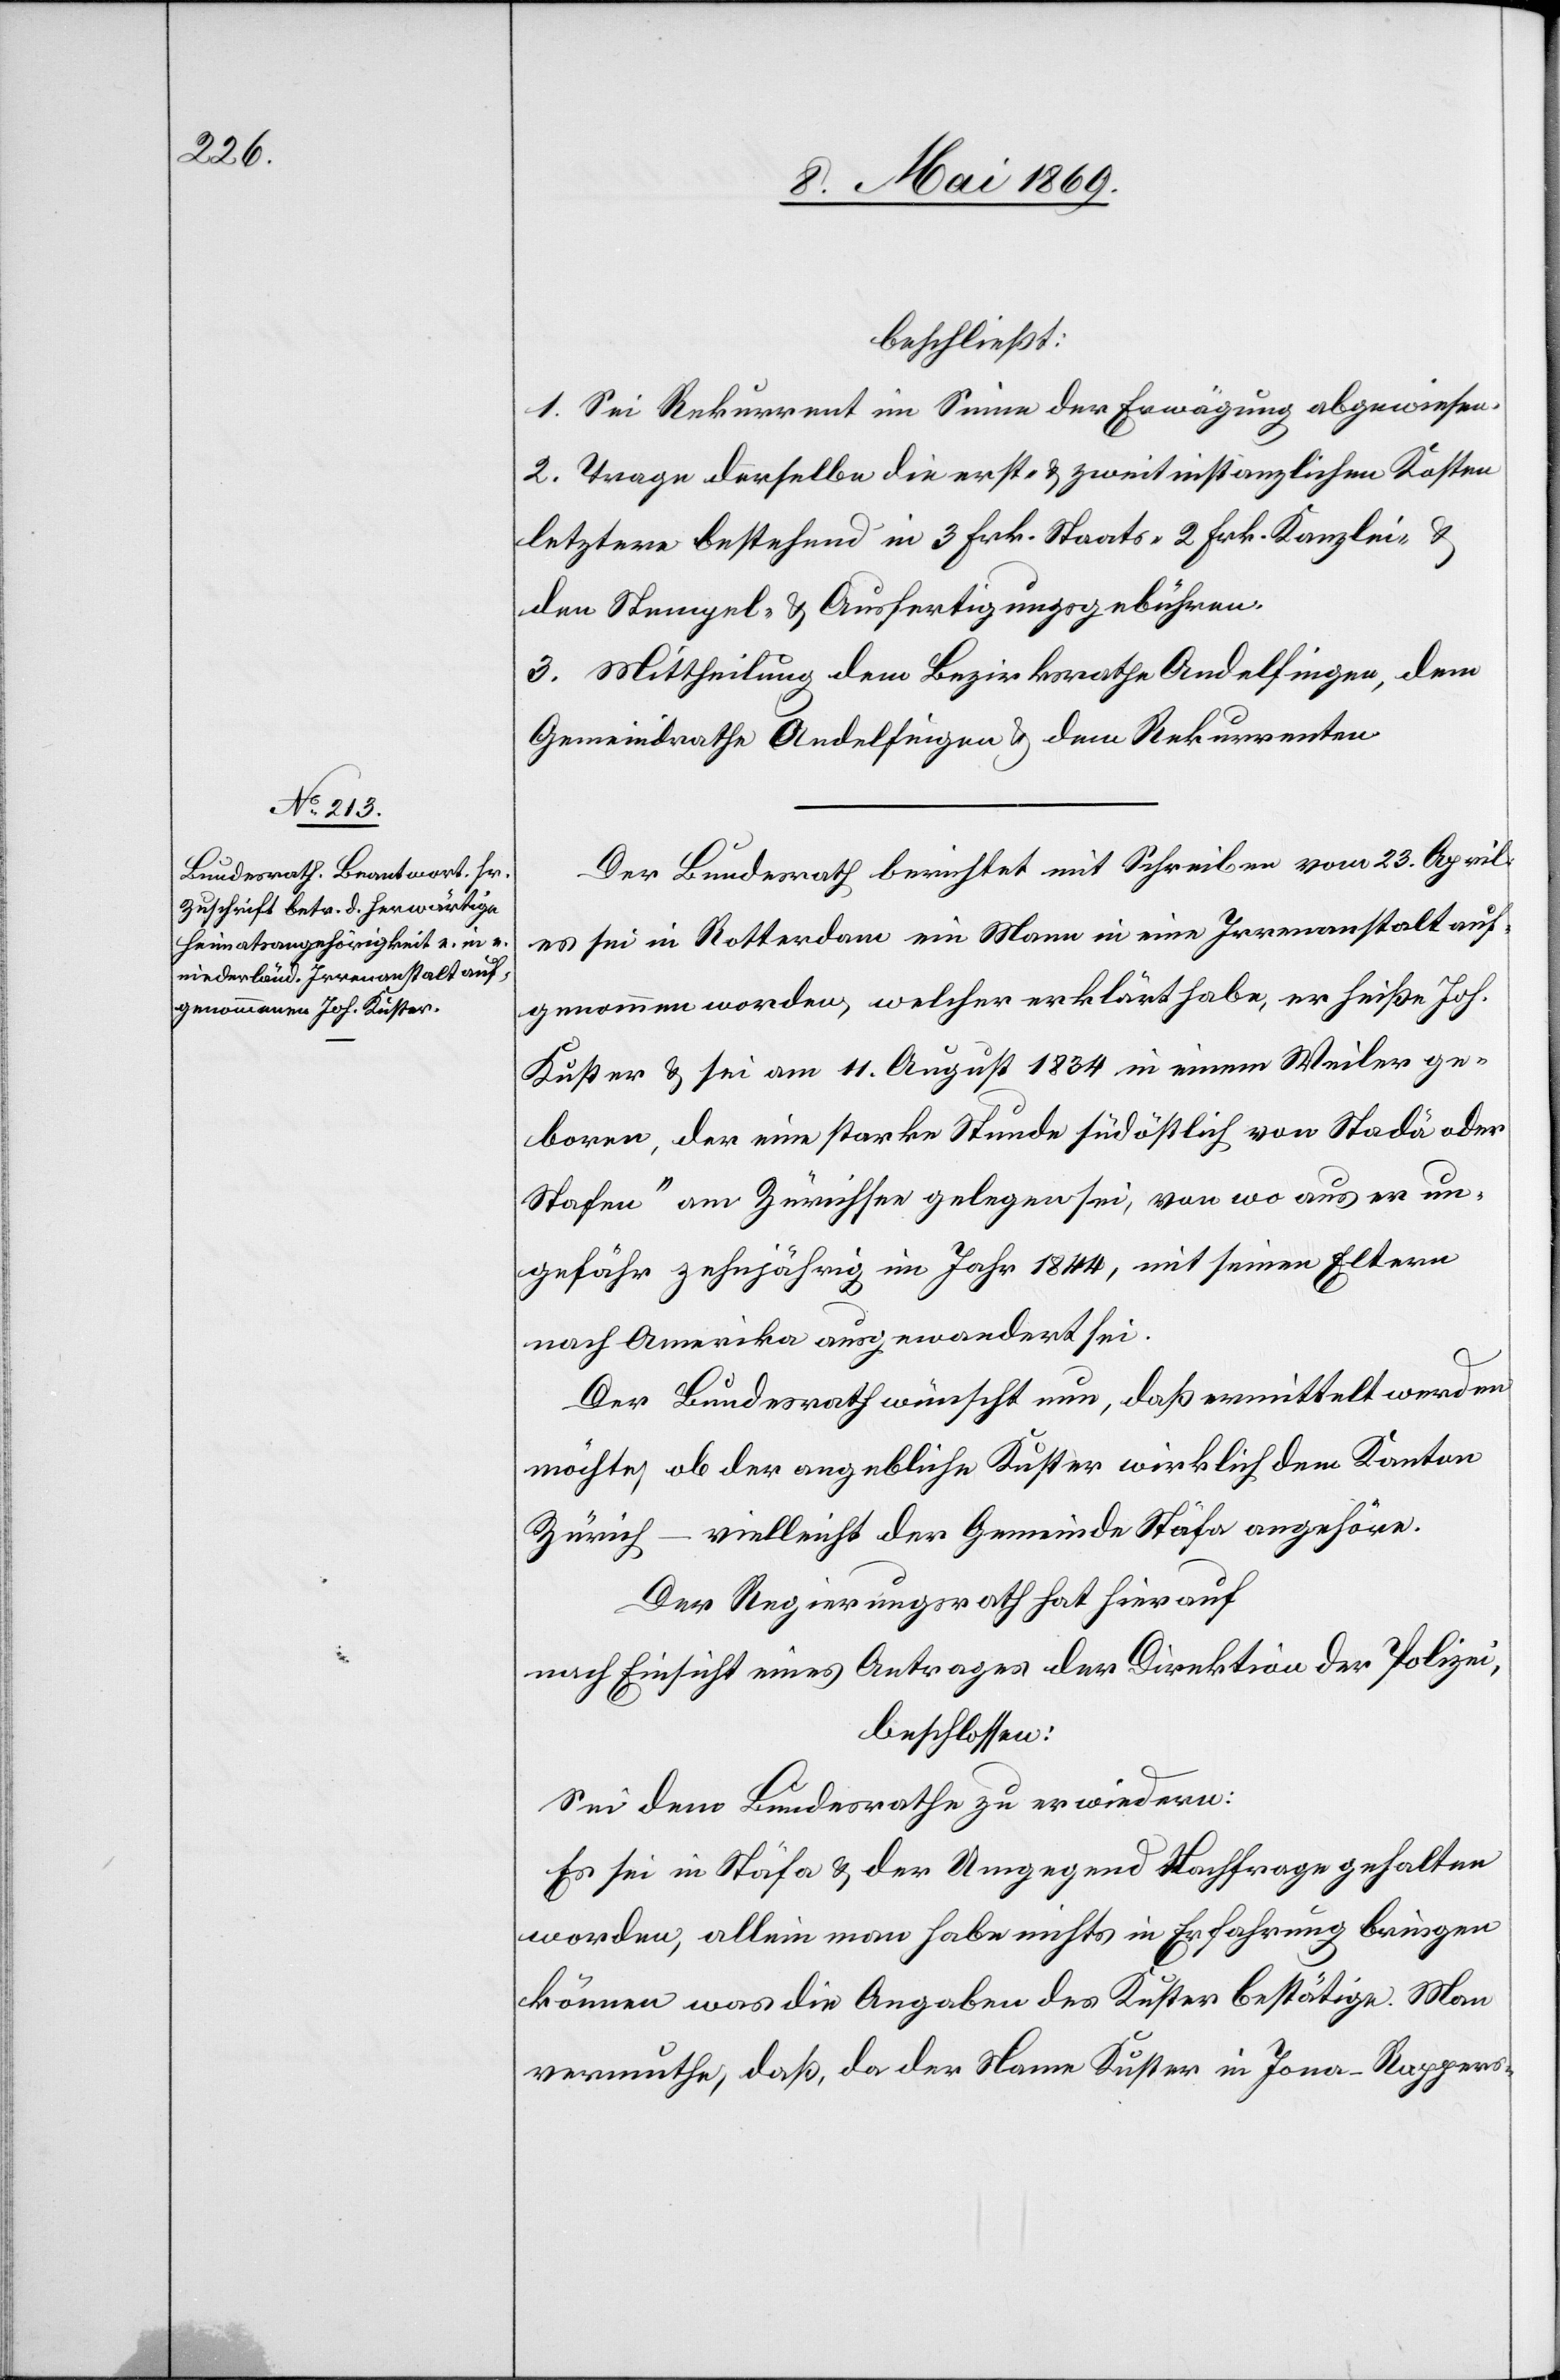
beschließt:
1. Sei Rekurrent im Sinne der Erwägung abgewiesen.
2. Trage derselbe die erst- u. zweitinstanzlichen Kosten
letztere bestehend in 3 Frk. Staats- 2 Frk. Kanzlei- u.
dem Stempel- u. Ausfertigungsgebühren.
3. Mittheilung dem Bezirksrathe Andelfingen, dem
Gemeindrathe Andelfingen u. dem Rekurrenten.
Der Bundesrath berichtet mit Schreiben vom 23. April
es sei in Rotterdam ein Mann in eine Irrenanstalt auf¬
genommen worden, welcher erklärt habe, er heiße Joh.
Kuster u. sei am 11. August 1834 in einem Weiler ge¬
boren, der eine starke Stunde südöstlich von „Stadä oder
Stafen“ am Zürichsee gelegen sei, von wo aus er un¬
gefähr zehnjährig im Jahr 1844, mit seinen Eltern
nach Amerika ausgewandert sei.
Der Bundesrath wünscht nun, daß ermittelt werden
möchte, ob der angebliche Kuster wirklich dem Kanton
Zürich – vielleicht der Gemeinde Stäfa angehöre.
Der Regierungsrath hat hierauf
nach Einsicht eines Antrages der Direktion der Polizei,
beschlossen:
Sei dem Bundesrathe zu erwiedern:
Es sei in Stäfa u. der Umgegend Nachfrage gehalten
worden, allein man habe nichts in Erfahrung bringen
können was die Angaben des Kuster bestätige. Man
vermuthe, daß, da der Name Kuster in Jona-Rappers-